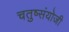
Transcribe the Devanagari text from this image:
चतुष्संयोजी